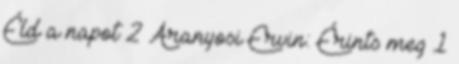
Éld a napot 2 Aranyosi Ervin: Érints meg 1